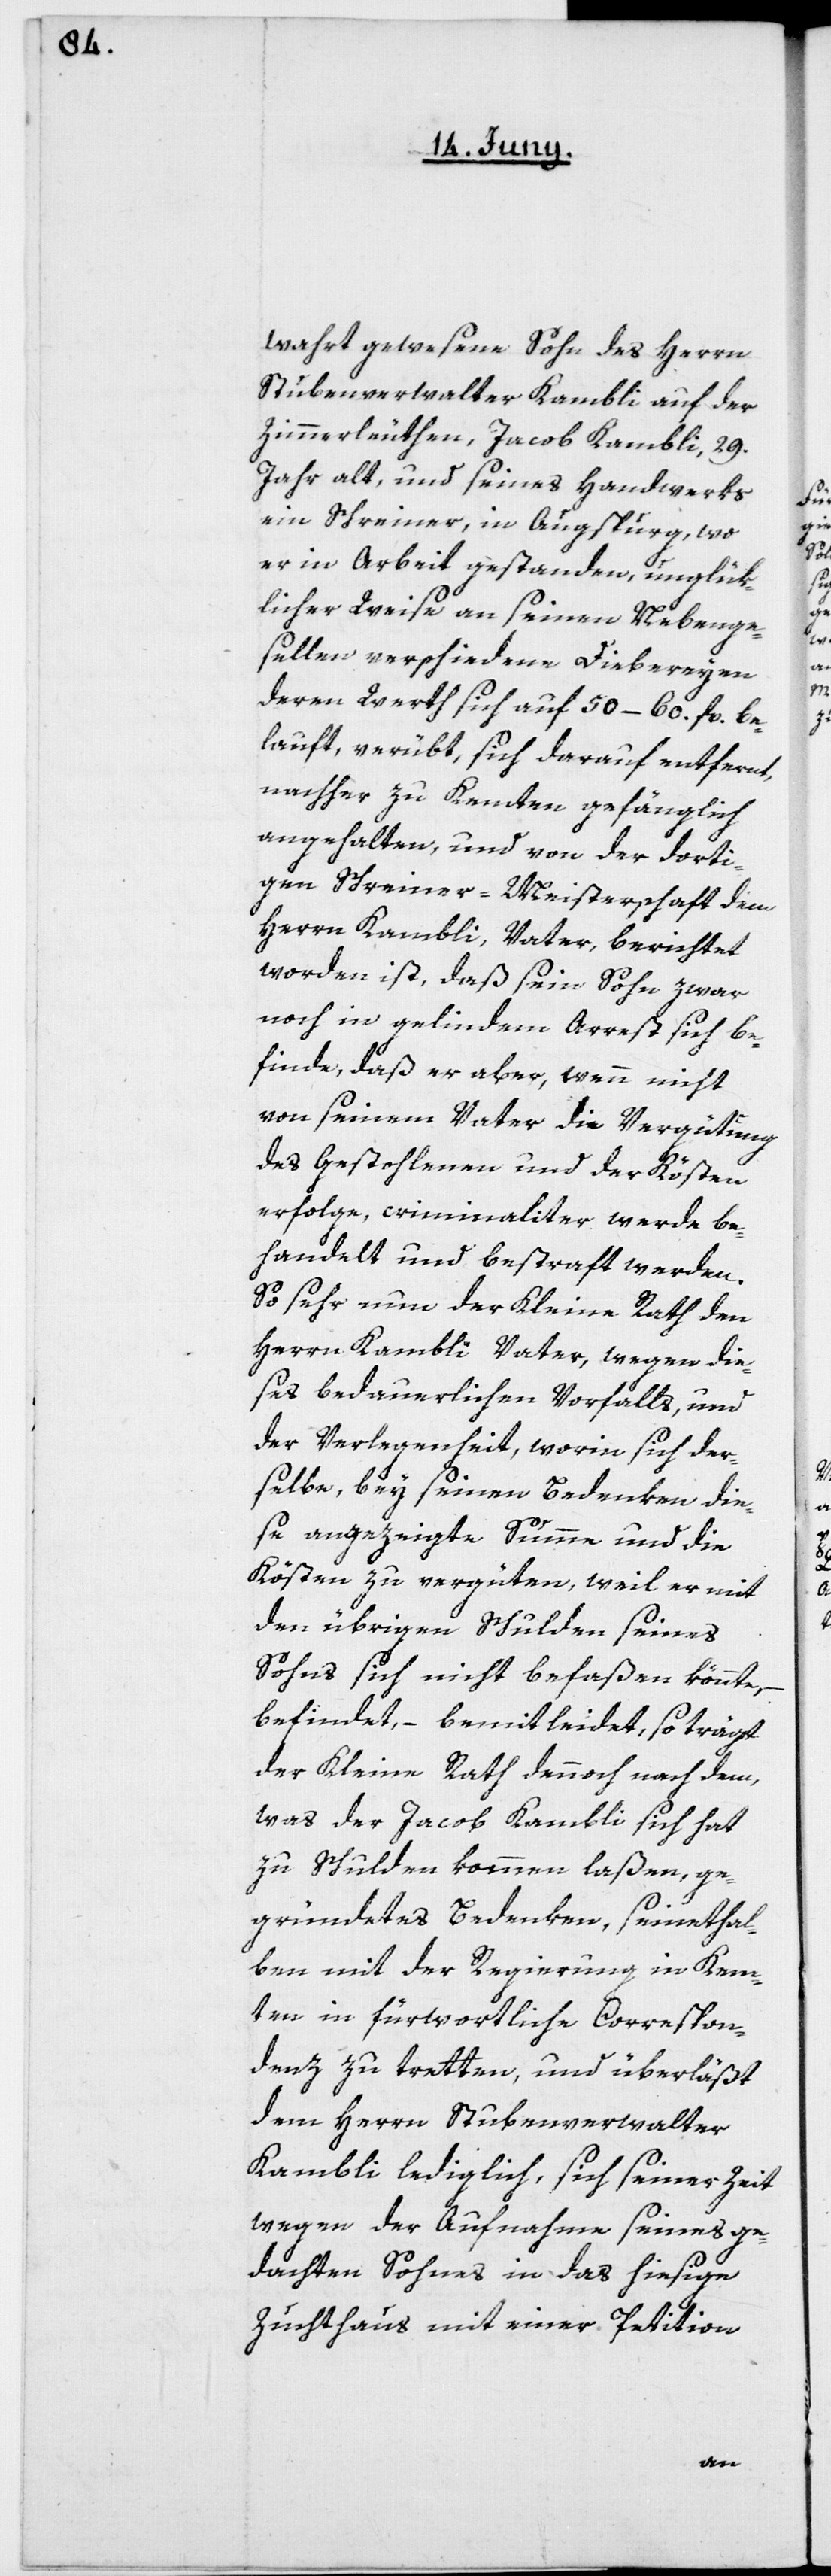
wahrt gewesene Sohn des Herrn
Stubenverwalter Kambli auf der
Zimmerleuthen, Jacob Kambli, 29.
Jahre alt, und seines Handwerks
ein Schreiner, in Augspurg, wo
er in Arbeit gestanden, unglük¬
licher Weise an seinen Nebenge¬
sellen verschiedene Diebereyen,
deren Werth sich auf 50–60. fl. be¬
lauft, verübt, sich darauf entfernt,
nacher zu Kemten gefänglich
angehalten, und von der dorti¬
gen Schreiner-Meisterschaft dem
Herrn Kambli, Vater, berichtet
worden ist, daß sein Sohn zwar
noch in gelindem Arrest sich be¬
finde, daß er aber, wenn nicht
von seinem Vater die Vergütung
des Gestohlenen und der Kösten
erfolge, criminaliter werde be¬
handelt und bestraft werden.
So sehr nun der Kleine Rath den
Herrn Kambli Vater, wegen die¬
ses bedauerlichen Vorfalls, und
der Verlegenheit, worin sich der¬
selbe, bey seinen Bedenken die¬
se angezeigte Summe und die
Kösten zu vergüten, weil er mit
den übrigen Schulden seines
Sohns sich nicht befaßen könnte,
befindet, – bemitleidet, so trägt
der Kleine Rath dennoch nach dem,
was der Jacob Kambli sich hat
zu Schulden kommen laßen, ge¬
gründetes Bedenken, seinethal¬
ben mit der Regierung in Kem¬
ten in fürwortliche Correspon¬
denz zu tretten, und überläßt
dem Herrn Stubenverwalter
Kambli lediglich, sich seiner Zeit
wegen der Aufnahme seines ge¬
dachten Sohnes in das hiesige
Zuchthaus mit einer Petition